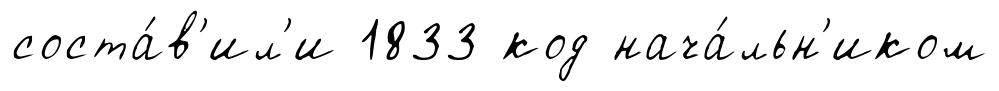
соста́в'ил'и 1833 код нача́льн'иком